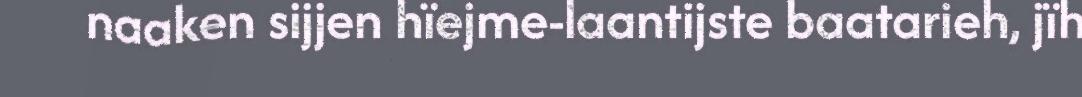
naaken sijjen hïejme-laantijste baatarieh, jïh